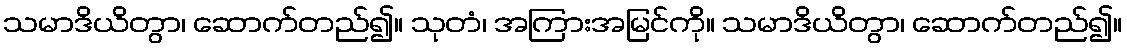
သမာဒိယိတွာ၊ ဆောက်တည်၍။ သုတံ၊ အကြားအမြင်ကို။ သမာဒိယိတွာ၊ ဆောက်တည်၍။